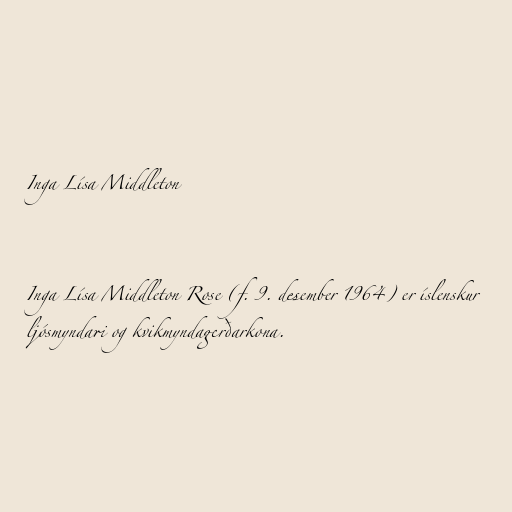
Inga Lísa Middleton

Inga Lísa Middleton Rose (f. 9. desember 1964) er íslenskur
ljósmyndari og kvikmyndagerðarkona.